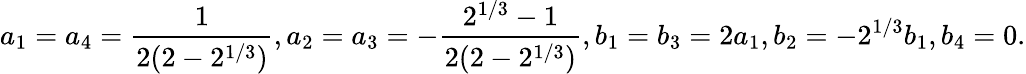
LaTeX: a_{1}=a_{4}=\frac{1}{2(2-2^{1/3})},a_{2}=a_{3}=-\frac{2^{1/3}-1}{2(2-2^{1/3})},b_{1}=b_{3}=2a_{1},b_{2}=-2^{1/3}b_{1},b_{4}=0.